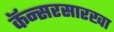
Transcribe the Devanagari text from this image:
कॅन्सरसारखा